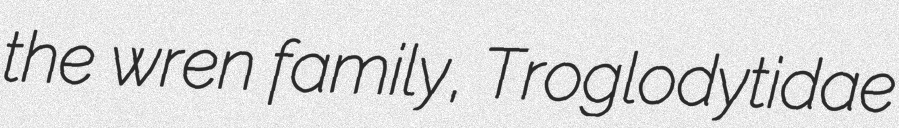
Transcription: the wren family, Troglodytidae